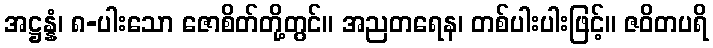
အဋ္ဌန္နံ၊ ၈-ပါးသော ဇောစိတ်တို့တွင်။ အညတရေန၊ တစ်ပါးပါးဖြင့်။ ဇဝိတပရိ